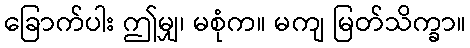
ခြောက်ပါး ဤမျှ၊ မစုံက။ မကျ မြတ်သိက္ခာ။